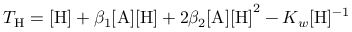
T _ { \mathrm { H } } = \mathrm { [ H ] } + \beta _ { 1 } \mathrm { [ A ] [ H ] } + 2 \beta _ { 2 } \mathrm { [ A ] [ H ] } ^ { 2 } - K _ { w } [ \mathrm { H } ] ^ { - 1 }